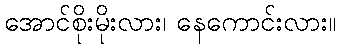
အောင်စိုးမိုးလား၊ နေကောင်းလား။